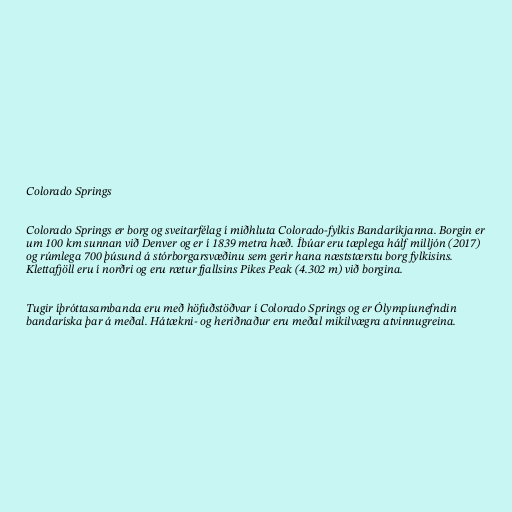
Colorado Springs

Colorado Springs er borg og sveitarfélag í miðhluta Colorado-fylkis Bandaríkjanna. Borgin er
um 100 km sunnan við Denver og er í 1839 metra hæð. Íbúar eru tæplega hálf milljón (2017)
og rúmlega 700 þúsund á stórborgarsvæðinu sem gerir hana næststærstu borg fylkisins.
Klettafjöll eru í norðri og eru rætur fjallsins Pikes Peak (4.302 m) við borgina.

Tugir íþróttasambanda eru með höfuðstöðvar í Colorado Springs og er Ólympíunefndin
bandaríska þar á meðal. Hátækni- og heriðnaður eru meðal mikilvægra atvinnugreina.